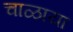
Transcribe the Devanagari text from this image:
चाळाया